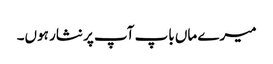
میرے ماں باپ آپ پر نثار ہوں۔